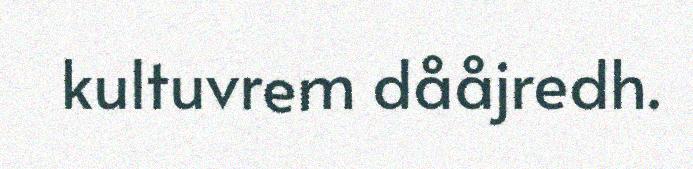
kultuvrem dååjredh.